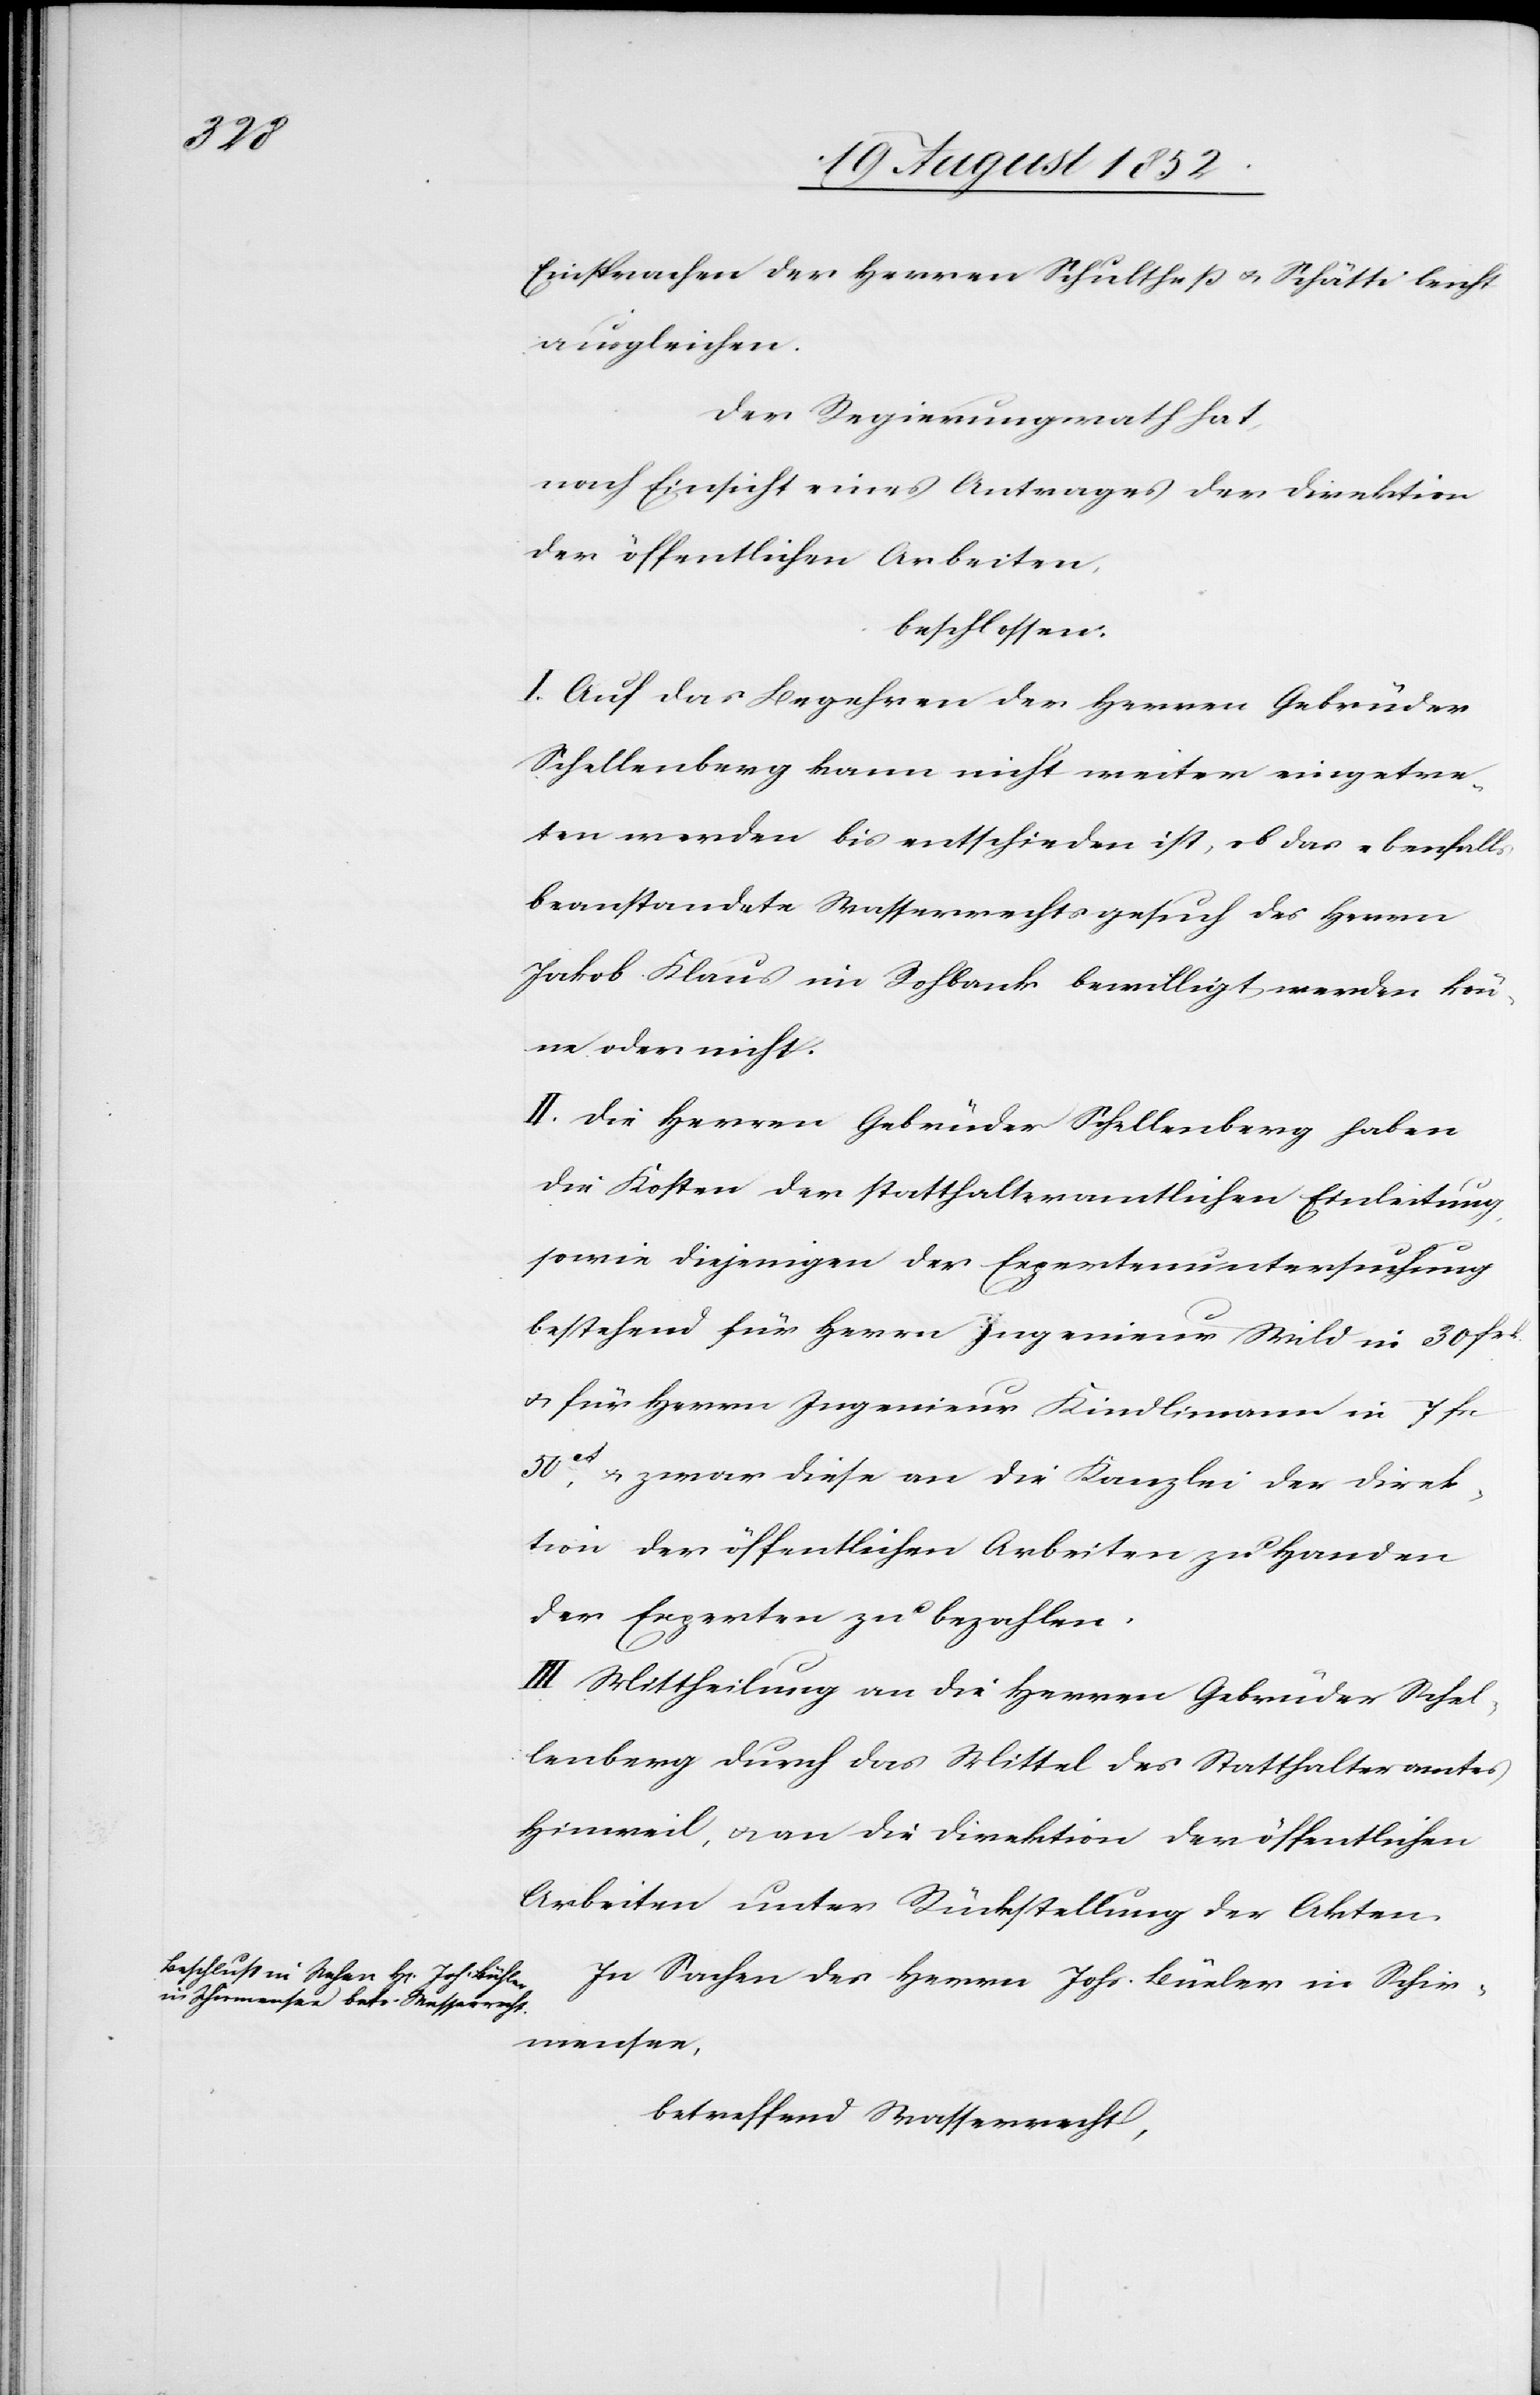
Einsprachen der Herren Schultheß & Schätti leicht
ausgleichen.
Der Regierungsrath hat,
nach Einsicht eines Antrages der Direktion
der öffentlichen Arbeiten,
beschlossen:
I. Auf das Begehren der Herren Gebrüder
Schellenberg kann nicht weiter eingetre¬
ten werden bis entschieden ist, ob das ebenfalls
beanstandete Wasserrechtsgesuch des Herrn
Jakob Klaus im Rohbank bewilligt werden kön¬
ne oder nicht.
II. Die Herren Gebrüder Schellenberg haben
die Kosten der statthalteramtlichen Einleitung
sowie diejenigen der Expertenuntersuchung
bestehend für Herrn Ingenieur Wild in 30 frk.
& für Herrn Ingenieur Kindlimann in 7 frc
50ct, & zwar diese an die Kanzlei der Direk¬
tion der öffentlichen Arbeiten zu Handen
der Experten zu bezahlen.
III Mittheilung an die Herren Gebrüder Schel¬
lenberg durch das Mittel des Statthalteramtes
Hinweil, & an die Direktion der öffentlichen
Arbeiten unter Rückstellung der Akten.
In Sachen des Herrn Johs. Büeler [sic!] in Schir¬
mensee,
betreffend Wasserrecht,